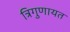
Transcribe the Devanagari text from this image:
त्रिगुणायत